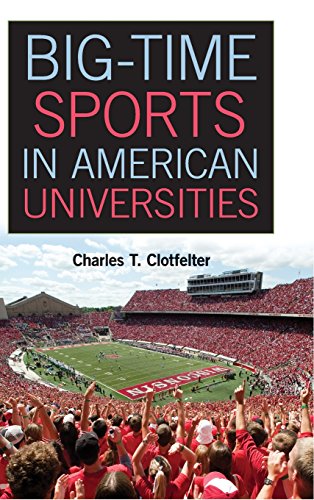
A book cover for Big-Time Sports in American Universities; Charles T. Clotfelter; Business & Money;